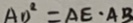
A D ^ { 2 } = A E \cdot A B